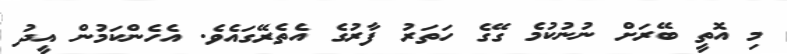
މި އޮތީ ބޭރަށް ނުނުކުމެ ގޭގެ ހަތަަރު ފާރުގެ އެތެރޭގައެވެ. އެހެންކަމުން އީދު